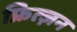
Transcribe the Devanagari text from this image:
फ्रित्ज़न